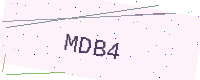
Text: MDB4